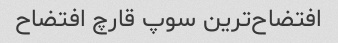
افتضاح‌ترین سوپ قارچ افتضاح